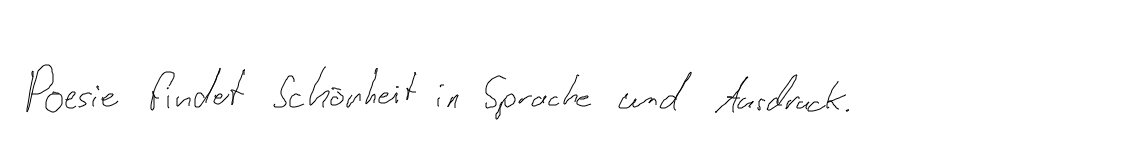
Poesie findet Schönheit in Sprache und Ausdruck.